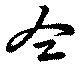
同